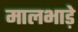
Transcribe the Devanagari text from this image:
मालभाड़े